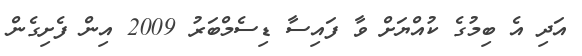
އަދި އެ ބިމުގެ ކުއްޔަށް ވާ ފައިސާ ޑިސެމްބަރު 2009 އިން ފެށިގެން